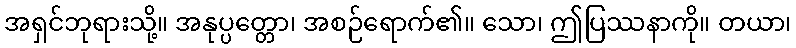
အရှင်ဘုရားသို့။ အနုပ္ပတ္တော၊ အစဉ်ရောက်၏။ သော၊ ဤပြဿနာကို။ တယာ၊